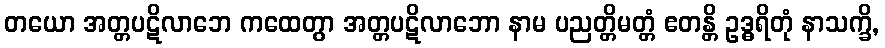
တယော အတ္တပဋိလာဘေ ကထေတွာ အတ္တပဋိလာဘော နာမ ပညတ္တိမတ္တံ ဧတန္တိ ဥဒ္ဓရိတုံ နာသက္ခိ,